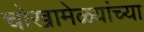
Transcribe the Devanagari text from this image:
चोखामेळ्यांच्या